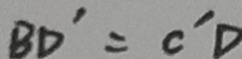
B D ^ { \prime } = C ^ { \prime } D